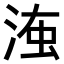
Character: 𣶨